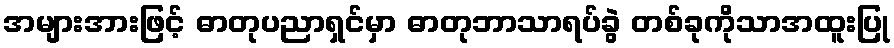
အများအားဖြင့် ဓာတုပညာရှင်မှာ ဓာတုဘာသာရပ်ခွဲ တစ်ခုကိုသာအထူးပြု